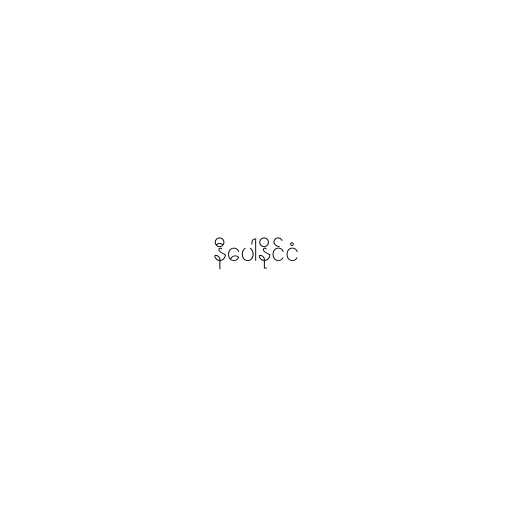
နီပေါနိုင်ငံ